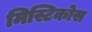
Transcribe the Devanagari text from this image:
मिस्टिकोस